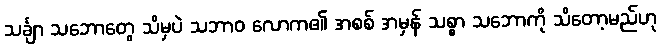
သင်္ချာ သဘောတွေ သိမှပဲ သဘာဝ လောက၏ အစစ် အမှန် သစ္စာ သဘောကို သိတော့မည်ဟု